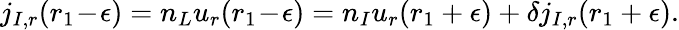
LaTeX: j_{I,r}(r_{1}\! -\! \epsilon)=n_{L}u_{r}(r_{1}\! -\! \epsilon)=n_{I}u_{r}(r_{1}+\epsilon)+\delta j_{I,r}(r_{1}+\epsilon).